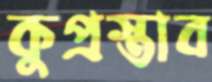
কুপ্রস্তাব